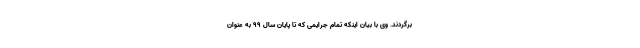
برگردند. وی با بیان اینکه تمام جرایمی که تا پایان سال ۹۹ به عنوان